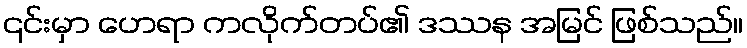
၎င်းမှာ ဟေရာ ကလိုက်တပ်၏ ဒဿန အမြင် ဖြစ်သည်။